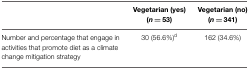
<table><thead><tr><td>[EMPTY_CELL]</td><td><b>Vegetarian (yes) (<i>n</i> = 53)</b></td><td><b>Vegetarian (no) (<i>n</i> = 341)</b></td></tr></thead><tbody><tr><td>Number and percentage that engage in activities that promote diet as a climate change mitigation strategy</td><td>30 (56.6%)<sup>d</sup></td><td>162 (34.6%)</td></tr></tbody></table>